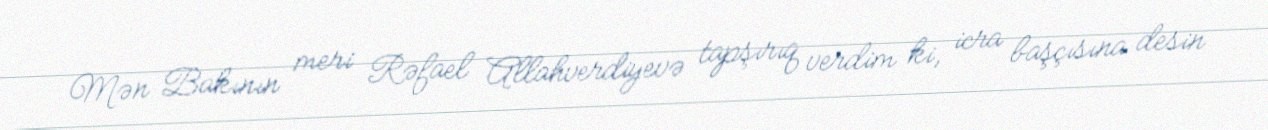
Mən Bakının meri Rəfael Allahverdiyevə tapşırıq verdim ki, icra başçısına desin